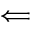
\Longleftarrow